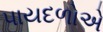
પાયદળોએ